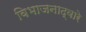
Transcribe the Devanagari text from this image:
विभाजनाद्वारे